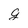
Character: g